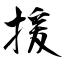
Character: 援